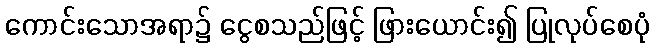
ကောင်းသောအရာ၌ ငွေစသည်ဖြင့် ဖြားယောင်း၍ ပြုလုပ်စေပုံ